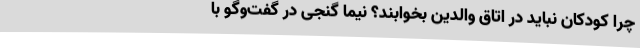
چرا کودکان نباید در اتاق والدین بخوابند؟ نیما گنجی در گفت‌وگو با